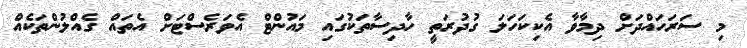
މި ސަރަހައްދަށް ދިމާވާ އެކިކަހަލަ ގުދުރަތީ ހާދިސާތަކުގައި މައުންޓް އެވަރެސްޓަށް އެތައް ގެއްލުންތަކެއް